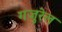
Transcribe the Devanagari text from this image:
गजुरेल